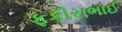
ફકીરાભાઈ